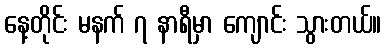
နေ့တိုင်း မနက် ၇ နာရီမှာ ကျောင်း သွားတယ်။